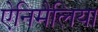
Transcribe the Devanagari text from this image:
ऐनिमैलिया